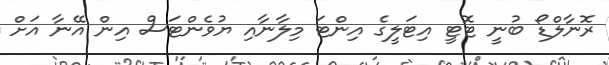
ރޮނާލްޑޯ ބުނީ ޓޮޓީ އިޓަލީގެ އިންޓަ މިލާނާއި ޔުވެންޓަސް އިން އޭނާ އަށް